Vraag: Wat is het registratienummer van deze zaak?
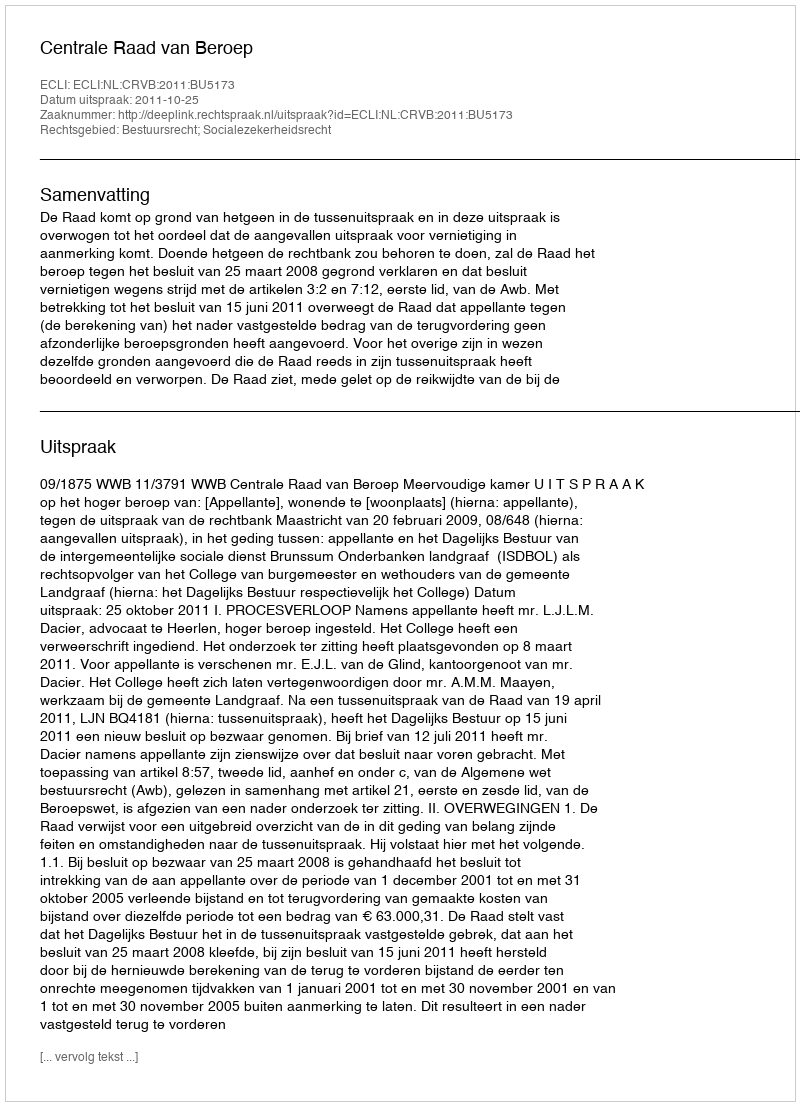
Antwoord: http://deeplink.rechtspraak.nl/uitspraak?id=ECLI:NL:CRVB:2011:BU5173